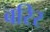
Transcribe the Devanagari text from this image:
बरिर